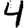
Digit: 4